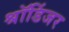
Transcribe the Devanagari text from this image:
श्रॉडिंजर